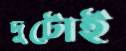
দুটোই